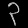
Digit: ၃